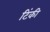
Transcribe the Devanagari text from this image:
टिंकी